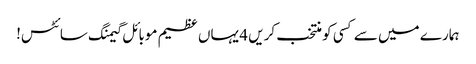
ہمارے میں سے کسی کو منتخب کریں 4 یہاں عظیم موبائل گیمنگ سائٹس!